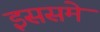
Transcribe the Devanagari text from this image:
इससमे